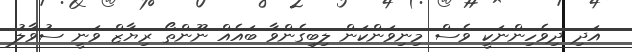
އަދި ދިވެހިންނަކީ ވެސް މިނިވަންކަން ލިބިގެންވާ ބައެއް ނޫންތޯ ރިޔާޒް ވަނީ ސުވާލު